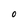
Character: 0